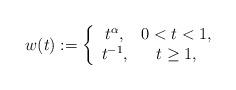
LaTeX: \begin{align*}w(t):= \left\{\begin{array}{cc} t^\alpha, & 0<t<1,\\ t^{-1},& t\geq 1, \end{array}\right. \end{align*}